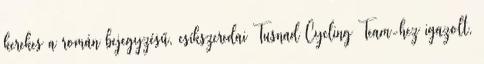
kerekes a román bejegyzésű, csíkszeredai Tusnad Cycling Team-hez igazolt,